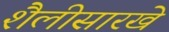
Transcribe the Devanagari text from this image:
शैलीसारखे